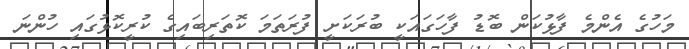
މަހުގެ އެންމެ ފާޅުކަން ބޮޑު ފާހަގައަކީ ބުރަކަށީ ފުރަތަމަ ކޮތަރިބައިގެ ކުރީކޮޅުގައި ހުންނަ